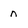
Character: n